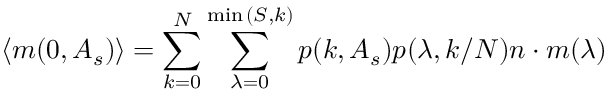
\langle m ( 0 , A _ { s } ) \rangle = \sum _ { k = 0 } ^ { N } \sum _ { \lambda = 0 } ^ { \operatorname* { m i n } { ( S , k ) } } p ( k , A _ { s } ) p ( \lambda , k / N ) n \cdot m ( \lambda )